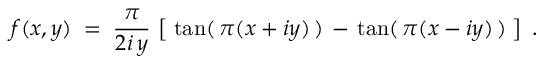
f ( x , y ) \; = \; \frac { \pi } { 2 i \, y } \, \left[ \; \tan ( \, \pi ( x + i y ) \, ) \, - \, \tan ( \, \pi ( x - i y ) \, ) \; \right] \; .